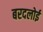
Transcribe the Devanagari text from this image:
बरदलोई